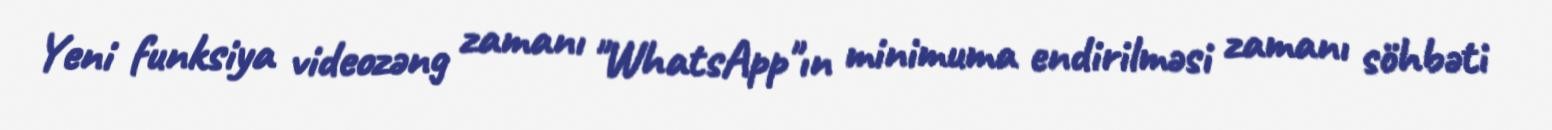
Yeni funksiya videozəng zamanı "WhatsApp"ın minimuma endirilməsi zamanı söhbəti